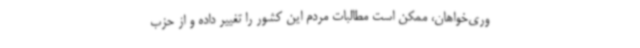
وری‌خواهان، ممکن است مطالبات مردم این کشور را تغییر داده و از حزب